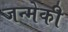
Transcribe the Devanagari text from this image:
जन्मेकी